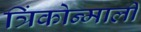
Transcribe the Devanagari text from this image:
त्रिंकोन्माली